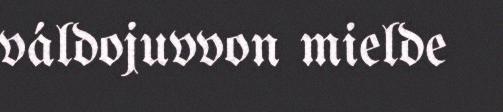
váldojuvvon mielde